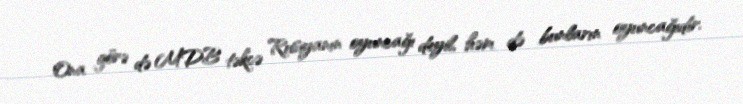
Ona görə də MDB təkcə Rusiyanın oyuncağı deyil, həm də bunların oyuncağıdır.